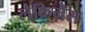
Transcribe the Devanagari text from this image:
लैक्रिमैंस